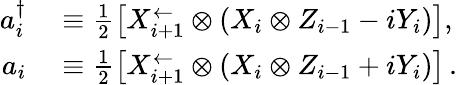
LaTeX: \begin{array}{rl}{a_{i}^{\dagger}}&{{}\equiv\frac{1}{2}\left[X_{i+1}^{\leftarrow}\otimes(X_{i}\otimes Z_{i-1}-iY_{i})\right],}\\ {a_{i}}&{{}\equiv\frac{1}{2}\left[X_{i+1}^{\leftarrow}\otimes(X_{i}\otimes Z_{i-1}+iY_{i})\right]\, .}\end{array}